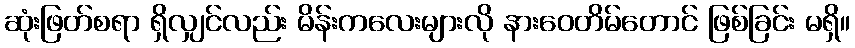
ဆုံးဖြတ်စရာ ရှိလျှင်လည်း မိန်းကလေးများလို နားဝေတိမ်တောင် ဖြစ်ခြင်း မရှိ။